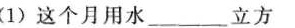
(1)这个月用水______立方